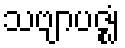
သဗျာပဇ္ဈံ